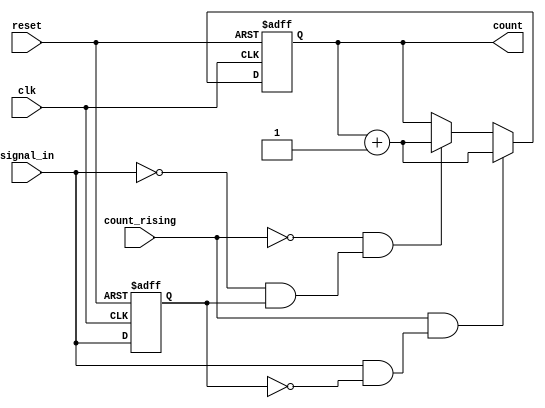
module edge_counter (
    input wire clk,               // Clock signal
    input wire reset,             // Asynchronous reset signal
    input wire signal_in,         // Input signal for edge detection
    input wire count_rising,      // Control signal for rising edge counting
    output reg [7:0] count        // 8-bit output count (adjust size as needed)
);

    reg signal_in_d;              // Delayed version of signal_in for edge detection

    // Edge detection logic
    always @(posedge clk or posedge reset) begin
        if (reset) begin
            count <= 8'b0;        // Reset count to zero
            signal_in_d <= 1'b0;  // Reset delayed signal
        end else begin
            signal_in_d <= signal_in; // Store the current signal_in
            
            // Count rising edges
            if (count_rising && (signal_in && !signal_in_d)) begin
                count <= count + 1; // Increment count on rising edge
            end
            
            // Count falling edges
            else if (!count_rising && (!signal_in && signal_in_d)) begin
                count <= count + 1; // Increment count on falling edge
            end
        end
    end

endmodule